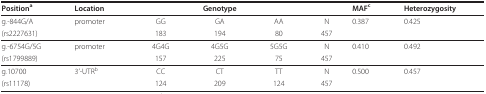
| Positiona | Location |  | Genotype |  |  | MAFc | Heterozygosity |
 | --- | --- | --- | --- | --- | --- | --- | --- |
 | g.-844G/A | promoter | GG | GA | AA | N | 0.387 | 0.425 |
 | (rs2227631) |  | 183 | 194 | 80 | 457 |  |  |
 | g.-6754G/5G | promoter | 4G4G | 4G5G | 5G5G | N | 0.410 | 0.492 |
 | (rs1799889) |  | 157 | 225 | 75 | 457 |  |  |
 | g.10700 | 3'-UTRb | CC | CT | TT | N | 0.500 | 0.457 |
 | (rs11178) |  | 124 | 209 | 124 | 457 |  |  |